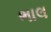
ભાલ